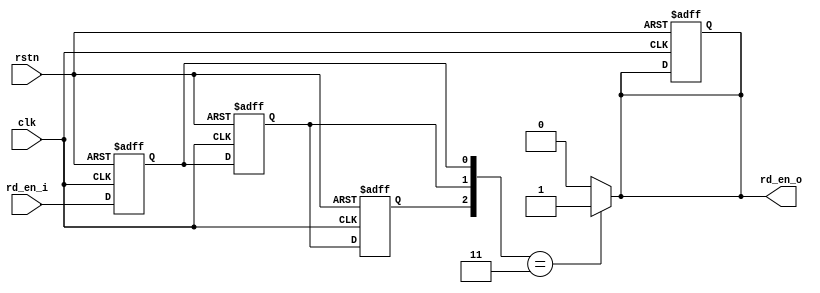
// synchronizer from slow clk domain to fast clk domain
// reference: SoC Design (E.4), Chapter 7.3.2.1, Page 114
module sync_s2f(
    clk,
    rd_en_i,
    rd_en_o,
    rstn
);

//*** PARAMETER *************************************************************************
    // none

//*** INPUT/OUTPUT **********************************************************************

    input       clk     ;
    input       rd_en_i ;
    output      rd_en_o ;
    input       rstn    ;

//*** WIRE/REG **************************************************************************

    reg         rd_en_1_r;
    reg         rd_en_2_r;
    reg         rd_en_3_r;
    reg         rd_en_o;

//*** MAIN BODY *************************************************************************

    always @(posedge clk or negedge rstn) begin
        if(~rstn) begin
            rd_en_1_r <= 1'b0;
            rd_en_2_r <= 1'b0;
            rd_en_3_r <= 1'b0;
            rd_en_o   <= 1'b0;
        end
        else begin
            {rd_en_3_r, rd_en_2_r, rd_en_1_r} <= {rd_en_2_r, rd_en_1_r, rd_en_i};
        end
    end

    always @(*) begin
        if({rd_en_3_r, rd_en_2_r, rd_en_1_r} == 3'b011) begin
            rd_en_o <= 1'b1;
        end
        else begin
            rd_en_o <= 1'b0;
        end
    end

endmodule